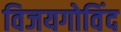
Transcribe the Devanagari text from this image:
विजयगोविंद